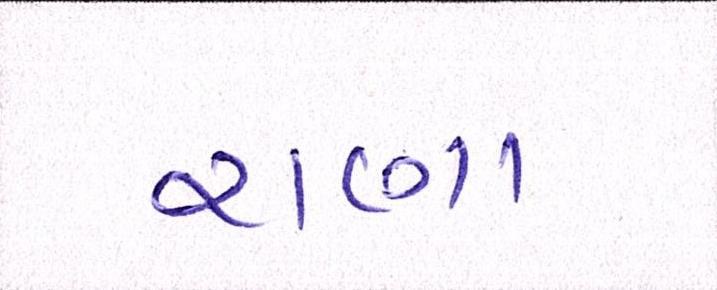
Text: રાણા